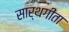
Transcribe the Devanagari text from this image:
सार्थगीता